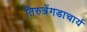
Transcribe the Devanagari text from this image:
तिरुत्रेंगडाचार्य